Annual statistical returns and brief notes on vaccination in Bengal - 1896-1909
Year: 1896
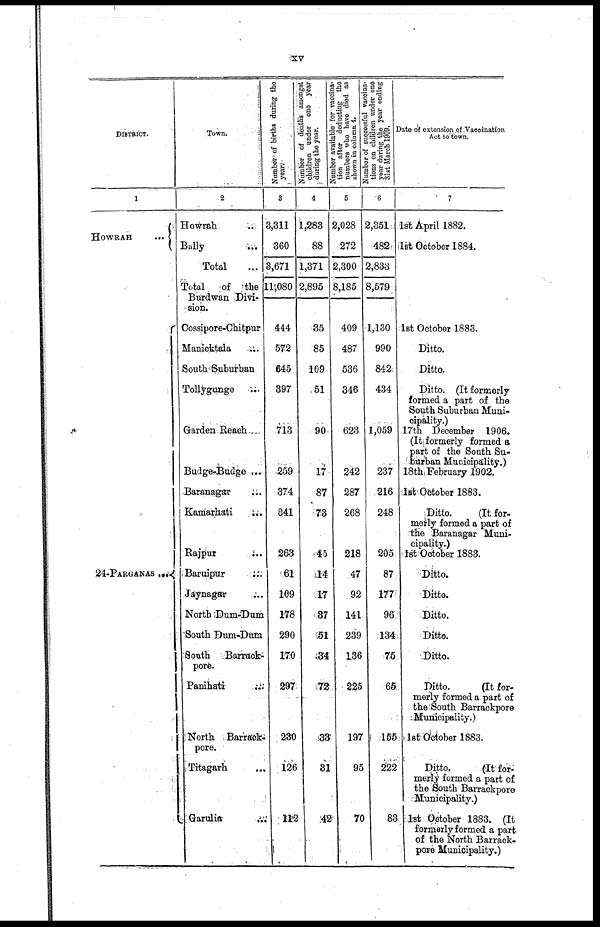
xv
DISTRICT.
1
HOWRAH
...
24-PARGANAS ...
Town.
2
Howrah ...
Bally
...
Total ...
Total
of the
Burdwan Divi-
sion.
Cossipore-Chitpur
Manicktala ...
South Suburban
Tollygunge ...
Garden Reach ...
Budge-Budge ...
Baranagar ...
Kamarhati
...
Rajpur ...
Baruipur ...
Jaynagar ...
North Dum-Dum
South Dum-Dum
South Barraok¬
pore.
Panihati ...
North Barrack¬
pore.
Titagarh ...
Garulia ...
Number of births during the
year.
3
3,311
360
3,671
11,080
444
572
645
397
713
259
374
341
263
61
109
178
290
170
297
230
126
112
Number of deaths amongst
children under one year
during the year.
4
1,283
88
1,371
2,895
35
85
109
51
90
17
87
73
45
14
17
87
51
34
72
33
31
42
Number available for vaccina-
tion after deducting the
numbers who have died as
shown in column 4.
5
2,028
272
2,300
8,185
409
487
536
346
623
242
287
268
218
47
92
141
239
136
225
197
95
70
Number of successful vaccina-
tions on children under one
year during the year ending
31st March 1909.
6
2,351
482
2,833
8,579
1,130
990
842
434
1,059
237
216
248
205
87
177
96
134
75
65
155
222
83
Date of extension of Vaccination
Act to town.
7
1st April 1882.
1st October 1884.
1st October 1883.
Ditto.
Ditto.
Ditto. (It formerly
formed a part of the
South Suburban Muni-
cipality.)
17th December 1906.
(It formerly formed a
part of the South Su-
burban Municipality.)
18th February 1902.
1st October 1883.
Ditto.
(It for-
merly formed a part of
the Baranagar Muni-
cipality.)
1st October 1883.
Ditto.
Ditto.
Ditto.
Ditto.
Ditto.
Ditto.
(It for-
merly formed a part of
the South Barrackpore
Municipality.)
1st October 1883.
Ditto.
(It for-
merly formed a part of
the South Barrackpore
Municipality.)
1st October 1883. (It
formerly formed a part
of the North Barrack-
pore Municipality.)